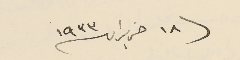
١٨ حزيران ٩٣٣